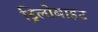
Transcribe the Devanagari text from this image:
ट्रिलोबाइट